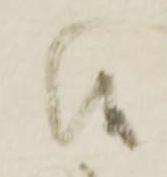
候